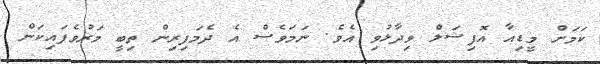
ކަމަށް މީޑިއާ އޮފިޝަލް ވިދާޅުވި އެވެ. ނަމަވެސް އެ ދެމަފިރިން ތިބީ މަރުވެފައިކަން